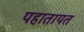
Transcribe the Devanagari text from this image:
पहातायत